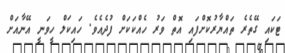
ޓަކައި ގޭތެރެ ތައްޔާރުކޮށްފައި އޮތް ވަރު ހެއްކަކަށް ފުދެއެވެ. ހައިކަލް ހީވަނީ އޭނާއަށް